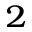
^ { 2 }